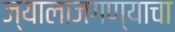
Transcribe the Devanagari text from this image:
ज्यालाजगण्याचा